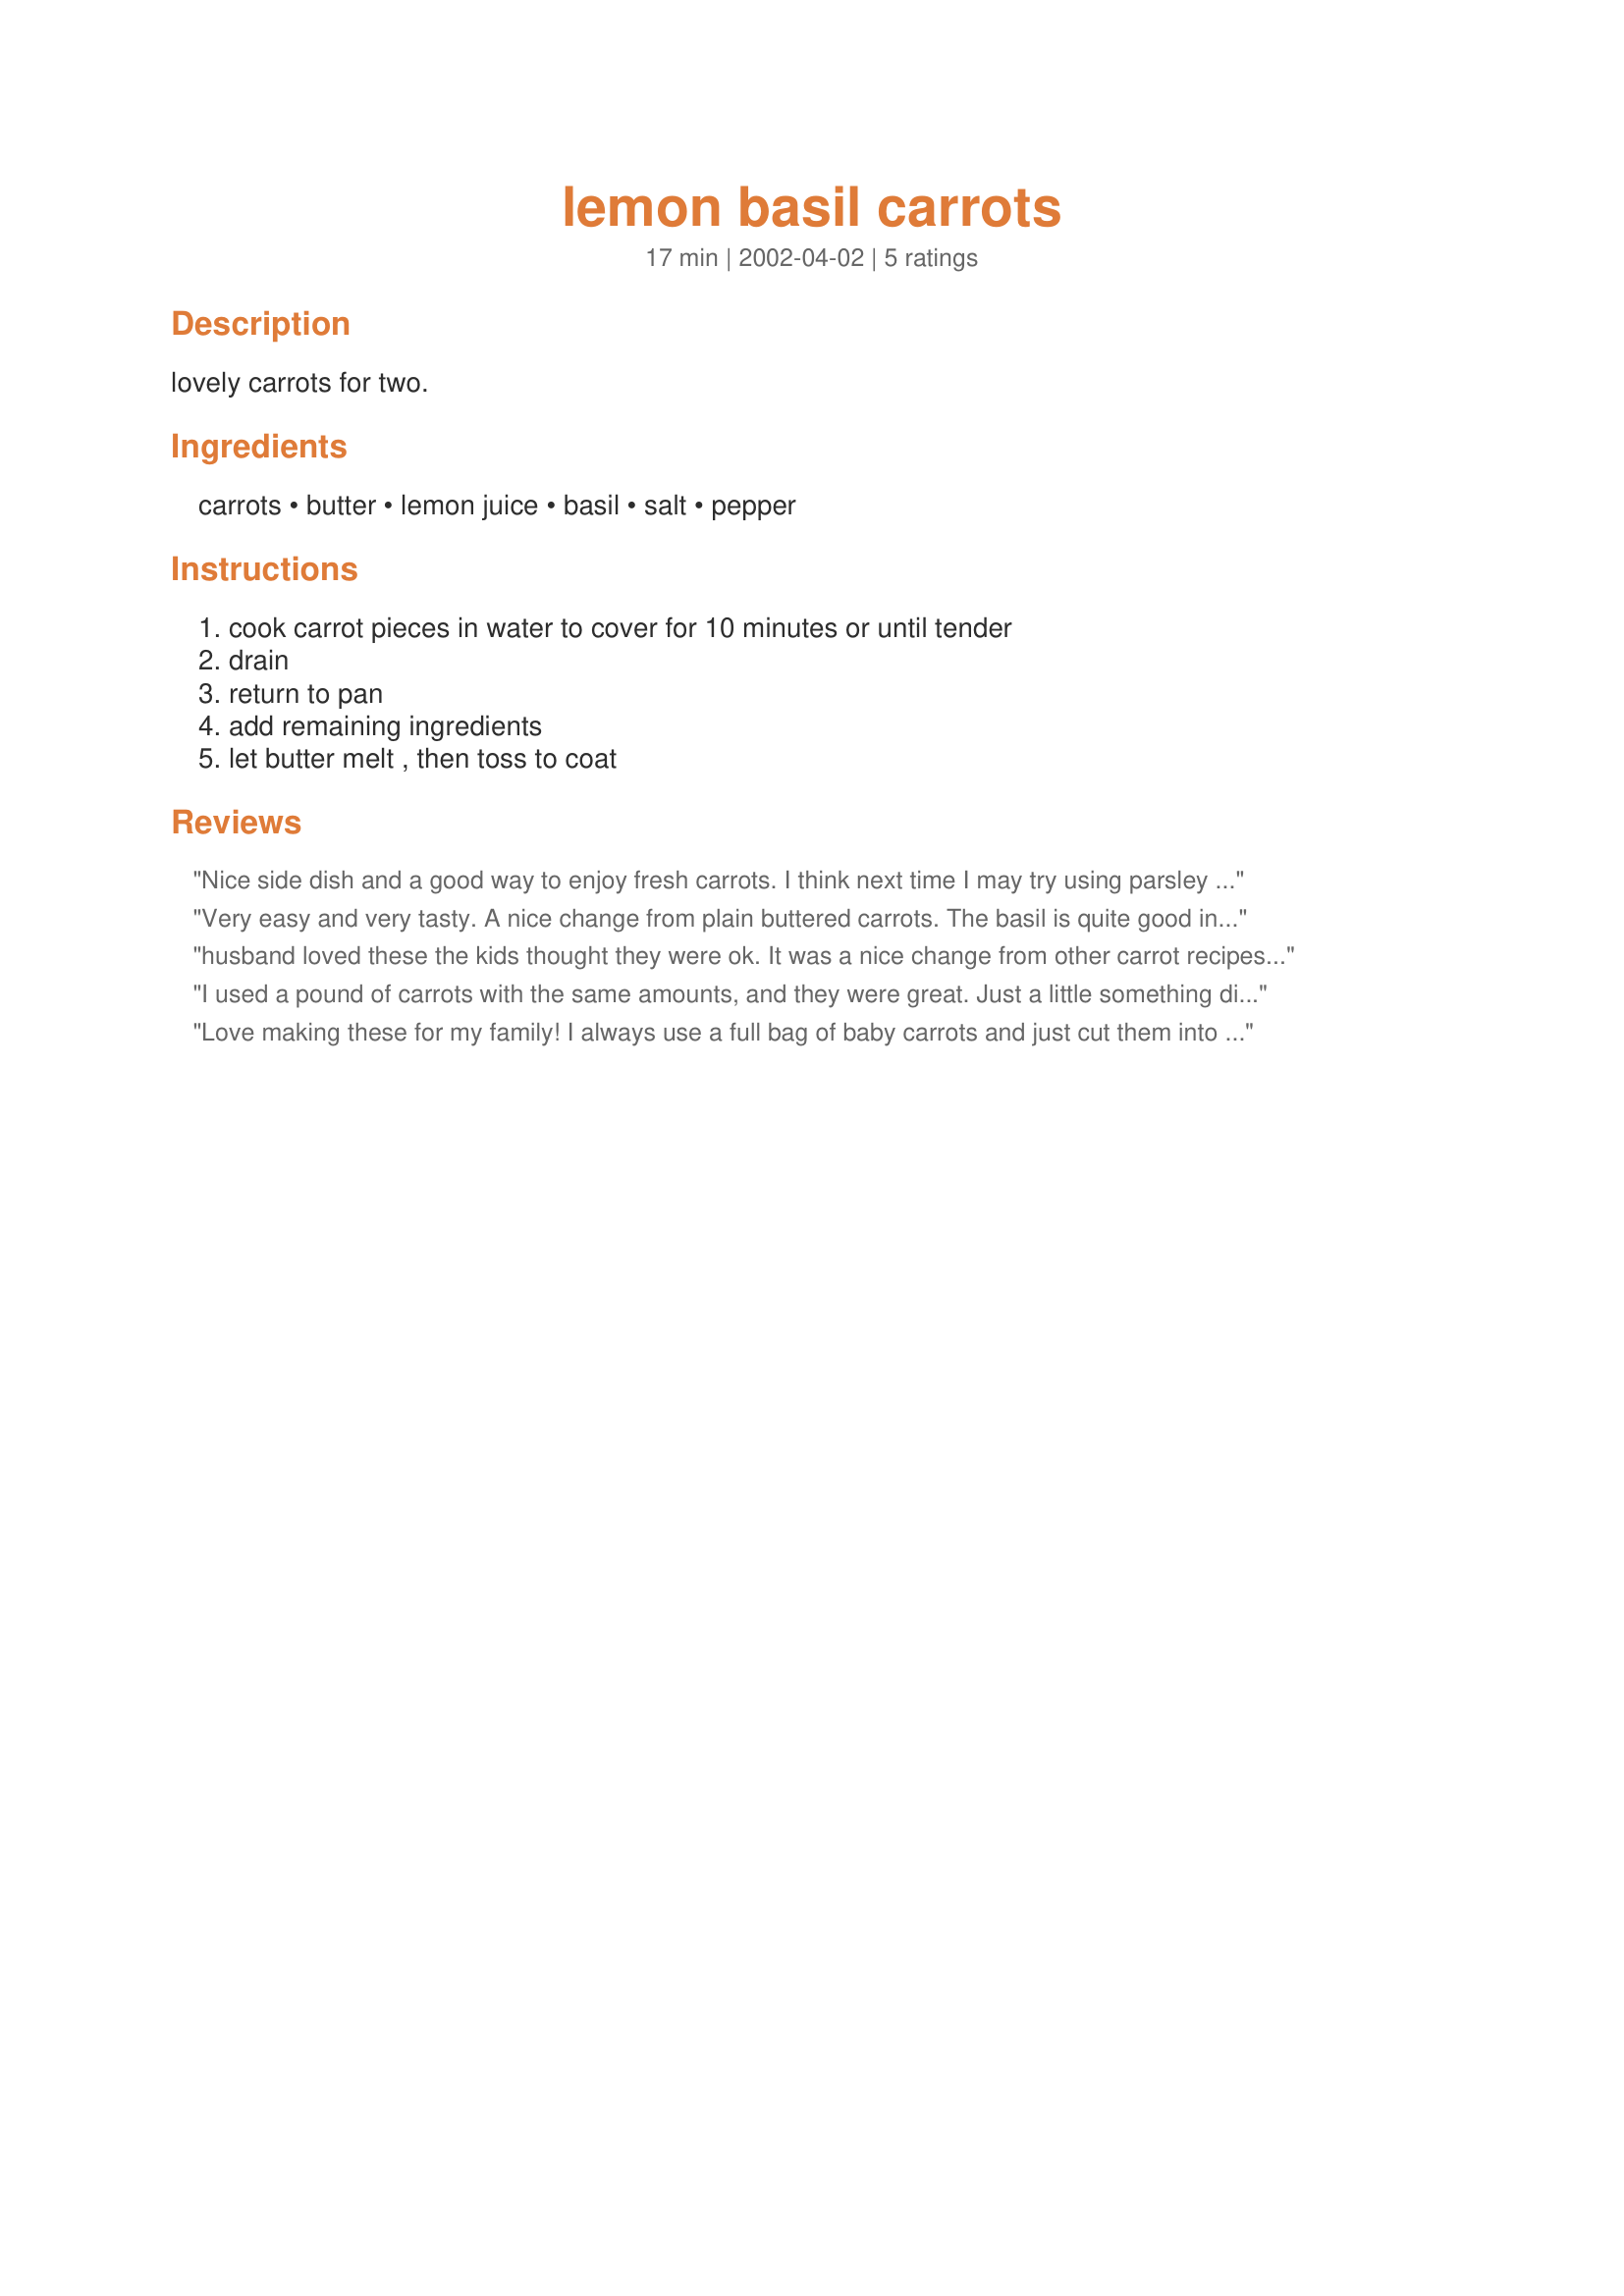
lemon basil carrots
Preparation time: 17 minutes

lovely carrots for two.

Ingredients:
carrots, butter, lemon juice, basil, salt, pepper

Steps:
cook carrot pieces in water to cover for 10 minutes or until tender, drain, return to pan, add remaining ingredients, let butter melt , then toss to coat

Reviews:
Nice side dish and a good way to enjoy fresh carrots. I think next time I may try using parsley in place of the basil. Just enough for the two of us. Thanks Inez.
Very easy and very tasty. A nice change from plain buttered carrots. The basil is quite good in this dish.
husband loved these the kids thought they were ok. It was a nice change from other carrot recipes and so easy
I used a pound of carrots with the same amounts, and they were great. Just a little something different.
Love making these for my family! I always use a full bag of baby carrots and just cut them into smaller discs. I keep the amounts the same initially and then add more lemon juice and salt to taste depending on how the carrots are. Great dish! Very simple and goes great with everything. Thanks so much for this!
